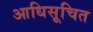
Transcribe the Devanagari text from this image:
आधिसूचित